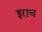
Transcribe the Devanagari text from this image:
इराच